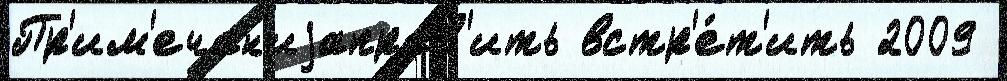
Пр'им'ечан'иjаправ'ить встр'е́т'ить 2009